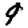
Digit: 9